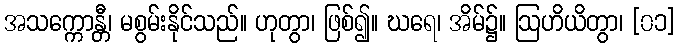
အသက္ကောန္တီ၊ မစွမ်းနိုင်သည်။ ဟုတွာ၊ ဖြစ်၍။ ဃရေ၊ အိမ်၌။ ဩဟိယိတွာ၊ [၀၁]